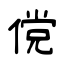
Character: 傥